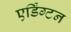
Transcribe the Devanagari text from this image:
एर्डिंग्टन